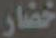
خضار